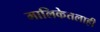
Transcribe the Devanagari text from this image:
मालिकेतलाही